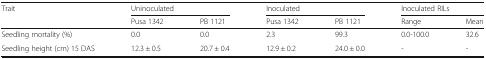
<table><thead><tr><td rowspan="2"><b>Trait</b></td><td colspan="2"><b>Uninoculated</b></td><td colspan="2"><b>Inoculated</b></td><td colspan="2"><b>Inoculated RILs</b></td></tr><tr><td><b>Pusa 1342</b></td><td><b>PB 1121</b></td><td><b>Pusa 1342</b></td><td><b>PB 1121</b></td><td><b>Range</b></td><td><b>Mean</b></td></tr></thead><tbody><tr><td>Seedling mortality (%)</td><td>0.0</td><td>0.0</td><td>2.3</td><td>99.3</td><td>0.0-100.0</td><td>32.6</td></tr><tr><td>Seedling height (cm) 15 DAS</td><td>12.3 ± 0.5</td><td>20.7 ± 0.4</td><td>12.9 ± 0.2</td><td>24.0 ± 0.0</td><td>-</td><td>-</td></tr></tbody></table>